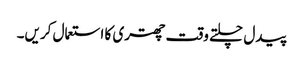
پیدل چلتے وقت چھتری کا استعمال کریں۔